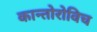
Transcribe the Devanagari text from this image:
कान्तोरोविच